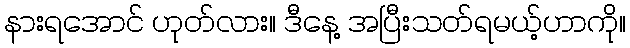
နားရအောင် ဟုတ်လား။ ဒီနေ့ အပြီးသတ်ရမယ့်ဟာကို။